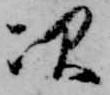
次